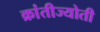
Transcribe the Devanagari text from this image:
क्रांतीज्योती